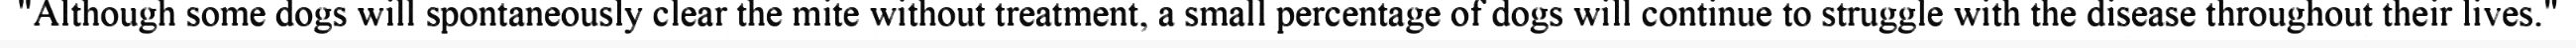
"Although some dogs will spontaneously clear the mite without treatment, a small percentage of dogs will continue to struggle with the disease throughout their lives."